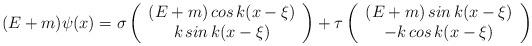
LaTeX: \begin{align*}(E+m)\psi (x)=\sigma \left( \begin{array}{c}(E+m)\,cos\,k(x-\xi ) \\ k\,sin\,k(x-\xi )\end{array}\right) +\tau \left( \begin{array}{c}(E+m)\,sin\,k(x-\xi ) \\ -k\,cos\,k(x-\xi )\end{array}\right)\end{align*}